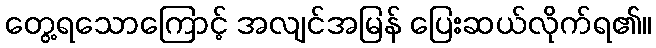
တွေ့ရသောကြောင့် အလျင်အမြန် ပြေးဆယ်လိုက်ရ၏။